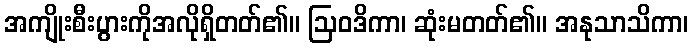
အကျိုးစီးပွားကိုအလိုရှိတတ်၏။ ဩဝဒိကာ၊ ဆုံးမတတ်၏။ အနုသာသိကာ၊